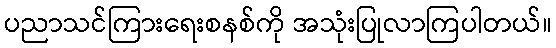
ပညာသင်ကြားရေးစနစ်ကို အသုံးပြုလာကြပါတယ်။